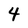
Character: 4